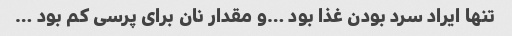
تنها ایراد سرد بودن غذا بود …و مقدار نان برای پرسی کم بود …